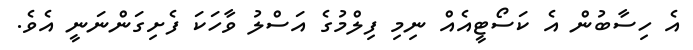
އެ ހިސާބުން އެ ކަސޯޓީއެއް ނިމި ފިލްމުގެ އަސްލު ވާހަކަ ފެށިގަންނަނީ އެވެ.